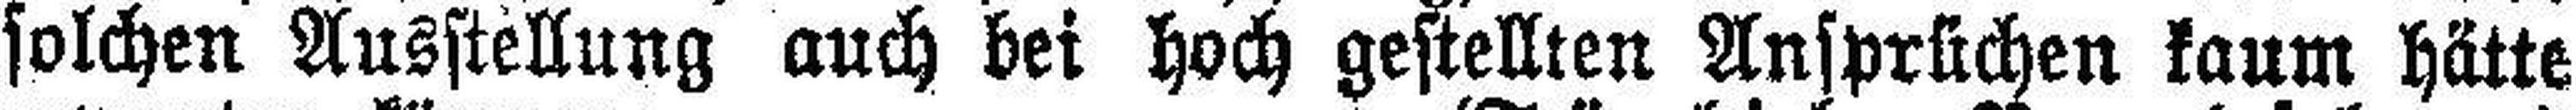
solchen Ausstellung auch bei hoch gestellten Ansprlichen kaum hätte